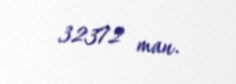
32372 man.